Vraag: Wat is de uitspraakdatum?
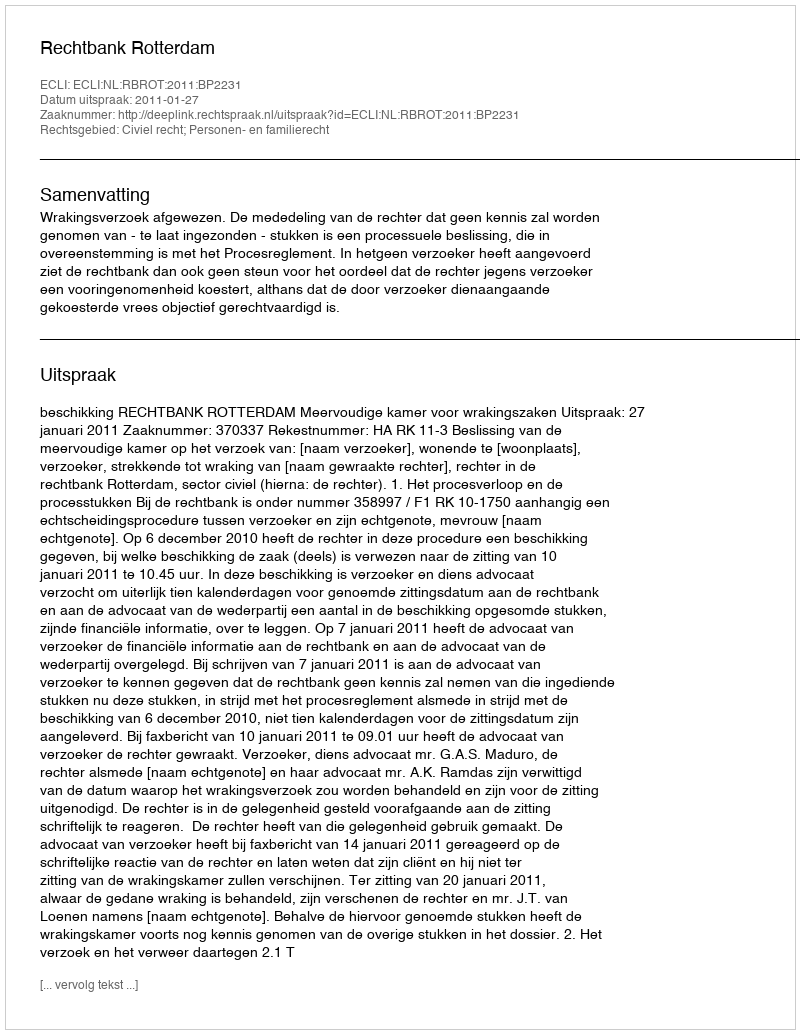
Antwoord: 2011-01-27